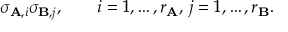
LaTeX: \sigma _ { \mathbf { A } , i } \sigma _ { \mathbf { B } , j } , \qquad i = 1 , \ldots , r _ { \mathbf { A } } , \, j = 1 , \ldots , r _ { \mathbf { B } } .